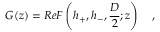
G ( z ) = R e F \left( h _ { + } , h _ { - } , \frac { D } { 2 } ; z \right) \quad ,